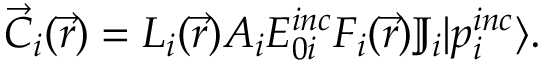
\vec { C } _ { i } ( \vec { r } ) = L _ { i } ( \vec { r } ) A _ { i } E _ { 0 i } ^ { i n c } F _ { i } ( \vec { r } ) \mathbb { J } _ { i } | p _ { i } ^ { i n c } \rangle .